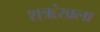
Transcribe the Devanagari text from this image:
शऋंखला